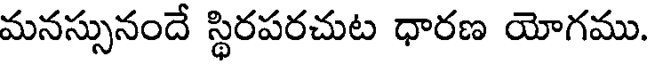
మనస్సునందే స్థిరపరచుట ధారణ యోగము.